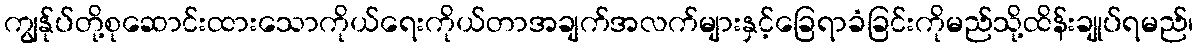
ကျွန်ုပ်တို့စုဆောင်းထားသောကိုယ်ရေးကိုယ်တာအချက်အလက်များနှင့်ခြေရာခံခြင်းကိုမည်သို့ထိန်းချုပ်ရမည်၊